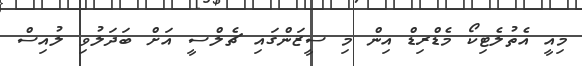
މިއީ އެތުލެޓިކޯ މެޑްރިޑް އިން މި ސީޒަންގައި ޗެލްސީ އަށް ބަދަލުވި ލުއިސް